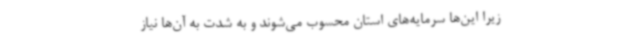
زیرا این‌ها سرمایه‌های استان محسوب می‌شوند و به شدت به آن‌ها نیاز